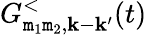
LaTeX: G_{\mathtt{m}_{1}\mathtt{m}_{2},\mathbf{k}-\mathbf{k}^{\prime}}^{<}(t)